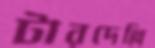
টারদেল্লি